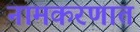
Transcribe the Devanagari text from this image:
नामकरणात